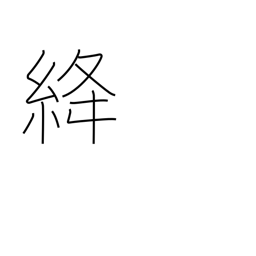
Meaning: red